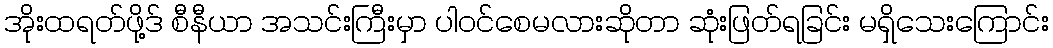
အိုးထရတ်ဖို့ဒ် စီနီယာ အသင်းကြီးမှာ ပါဝင်စေမလားဆိုတာ ဆုံးဖြတ်ရခြင်း မရှိသေးကြောင်း